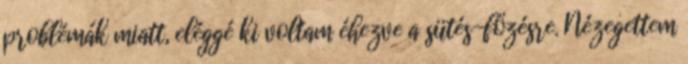
problémák miatt, eléggé ki voltam éhezve a sütés-főzésre. Nézegettem